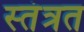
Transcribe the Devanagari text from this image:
स्‍तंत्रत